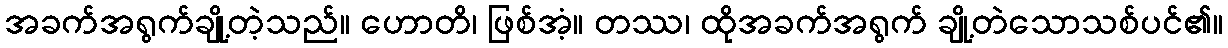
အခက်အရွက်ချို့တဲ့သည်။ ဟောတိ၊ ဖြစ်အံ့။ တဿ၊ ထိုအခက်အရွက် ချို့တဲသောသစ်ပင်၏။